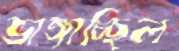
ভাঙ্গাচ্ছিল